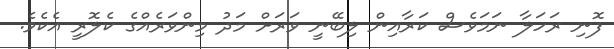
ފޮނި ރަހަލާ ނަމަވެސް ކަރާއިން ލިބޭނީ ވަރަށް މަދު މިންވަރެއްގެ ކެލޮރީ އެކެވެ.